Source: Handwritten
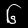
Digit: ၆ (6)